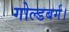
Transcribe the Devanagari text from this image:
गोल्डबर्ग।